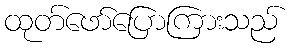
ထုတ်ဖော်ပြောကြားသည်